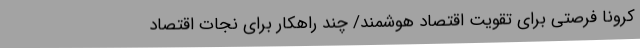
کرونا فرصتی برای تقویت اقتصاد هوشمند/ چند راهکار برای نجات اقتصاد